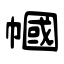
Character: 幗